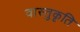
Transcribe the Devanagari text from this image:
वास्तुकृति